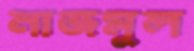
নাজমুল